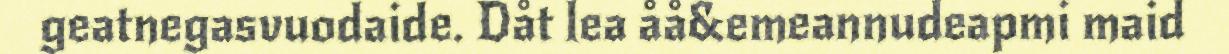
geatnegasvuodaide. Dåt lea åå&emeannudeapmi maid